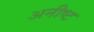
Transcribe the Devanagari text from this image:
अनीष्ट